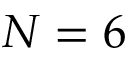
N = 6